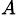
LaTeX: _{A}